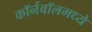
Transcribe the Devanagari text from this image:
कॉर्नवॉलमध्ये